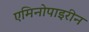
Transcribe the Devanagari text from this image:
एमिनोपाइरीन